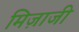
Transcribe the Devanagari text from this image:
मिज़ाजी